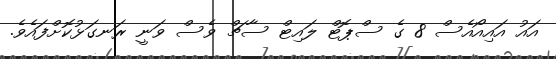
އައު އައިއޯއެސް 8 ގެ ސްޕޮޓް ލައިޓް ސާޗް ވެސް ވަނީ ރަނގަޅުކޮށްފައެވެ.